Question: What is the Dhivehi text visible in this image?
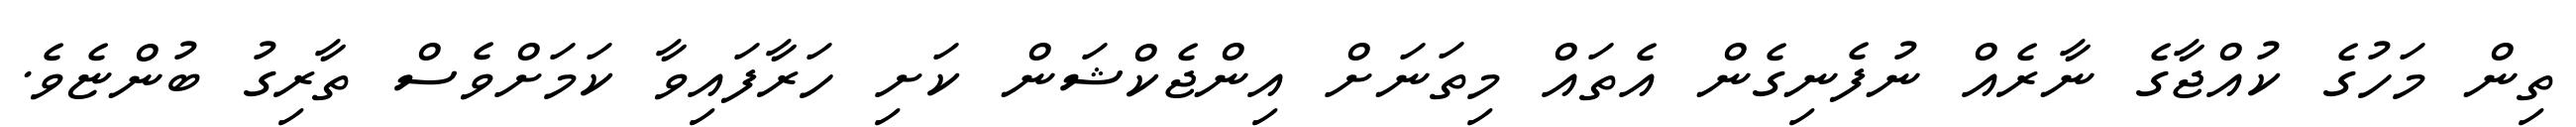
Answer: ތިން މަހުގެ ކުއްޖާގެ ނާރެއް ނުފެނިގެން އެތައް މިތަނަށް އިންޖެކްޝަން ކަށި ހަރާފައިވާ ކަމަށްވެސް ތާރިގު ބުންޏެވެ.